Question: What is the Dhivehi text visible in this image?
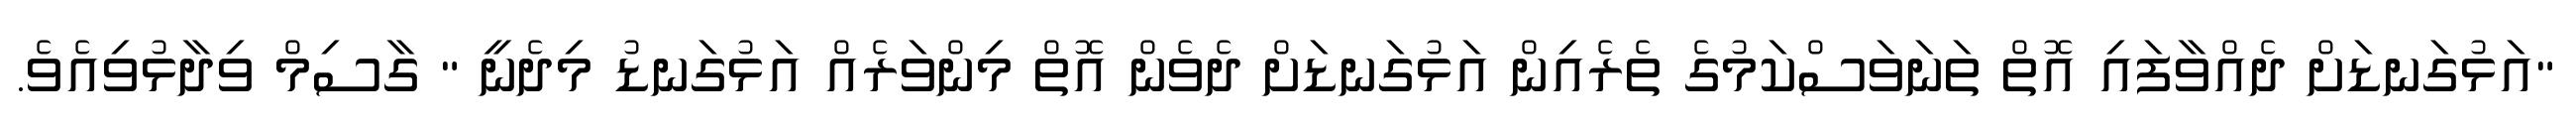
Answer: "އަޅުގަނޑަށް ދެއްވާފައި އޮތް ތަނަވަސްކަމުގެ ތެރެއިން އަޅުގަނޑަށް ދެވެން އޮތް މިންވަރެއް އަޅުގަނޑު މިދެނީ " ގާސިމް ވިދާޅުވިއެވެ.